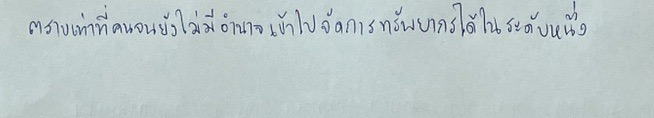
ตราบเท่าที่คนจนยังไม่มีอำนาจเข้าไปจัดการทรัพยากรได้ในระดับหนึ่ง